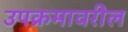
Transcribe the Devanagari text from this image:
उपक्रमावरील